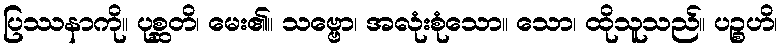
ပြဿနာကို။ ပုစ္ဆတိ၊ မေး၏။ သဗ္ဗော၊ အလုံးစုံသော။ သော၊ ထိုသူသည်။ ပဉ္စဟိ၊